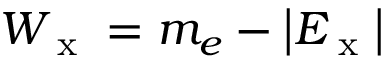
W _ { \textrm { x } } = m _ { e } - \left| E _ { \textrm { x } } \right|